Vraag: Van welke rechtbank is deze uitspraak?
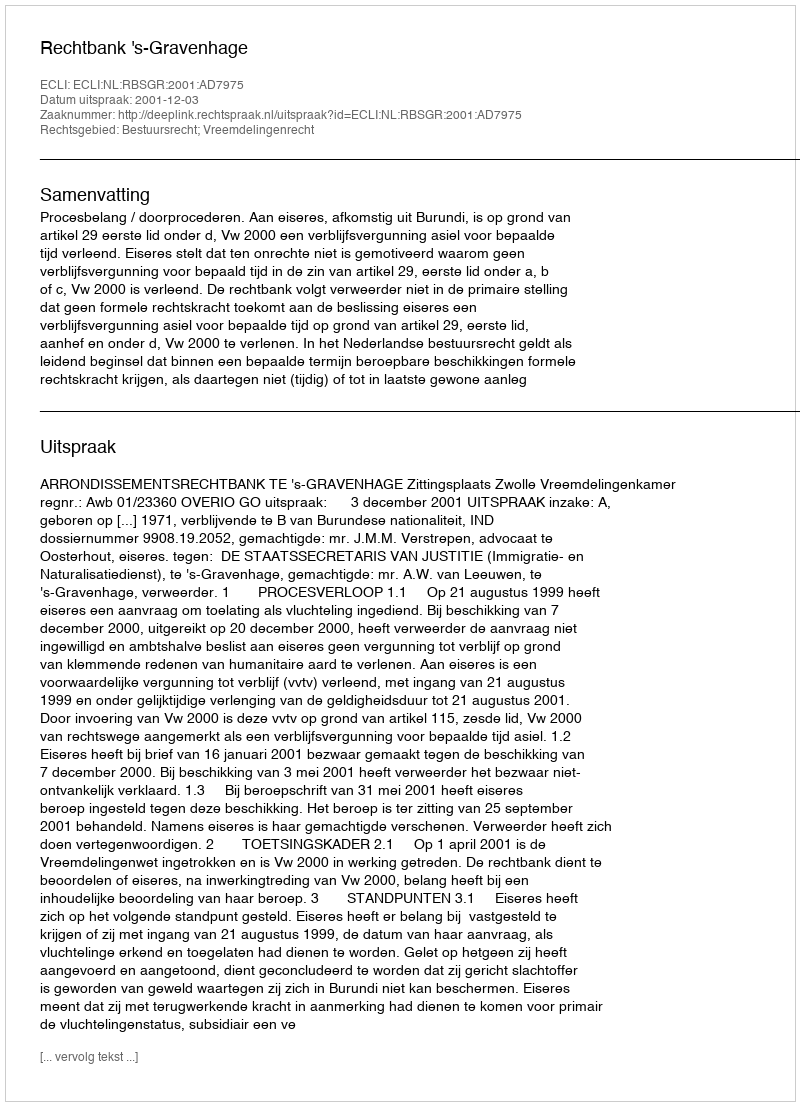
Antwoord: Rechtbank 's-Gravenhage